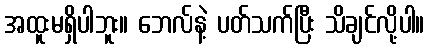
အထူးမရှိပါဘူး။ ဘေလ်နဲ့ ပတ်သက်ပြီး သိချင်လို့ပါ။